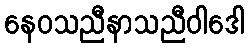
နေဝသညီနာသညီဝါဒေါ